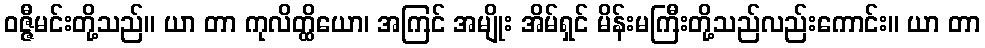
ဝဇ္ဇီမင်းတို့သည်။ ယာ တာ ကုလိတ္ထိယော၊ အကြင် အမျိုး အိမ်ရှင် မိန်းမကြီးတို့သည်လည်းကောင်း။ ယာ တာ